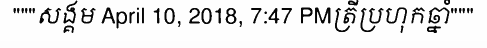
"""សង្គម April 10, 2018, 7:47 PMត្រីប្រហុកឆ្នាំ"""